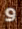
و